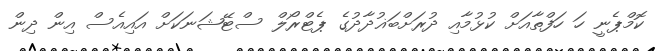
ކޮމްޕެނީ ހަ ހަފްތާއަށް ކުޅުމާއި ދުރަށްބަޣުދާދުގެ ޕެޓްރޯލް ސްޓޭޝަނަކަށް އައިއެސް އިން ދިން